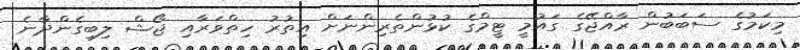
މިކަމުގެ ސަބަބުން ރާއްޖޭގެ ގައުމީ ޓީމްގެ ކުޅުންތެރިންނަށް އިތުރު ހިތްވަރާއި ޖޯޝް ލިބިގެންދާނެ